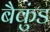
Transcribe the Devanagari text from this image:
बैकुंड